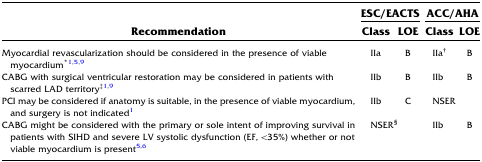
| <ROWSPAN=2> Recommendation | <COLSPAN=2> ESC/EACTS | <COLSPAN=2> ACC/AHA |
 | Class | LOE | Class | LOE |
 | --- | --- | --- | --- | --- |
 | Myocardial revascularization should be considered in the presence of viable myocardium*1,5,9 | IIa | B | IIa† | B |
 | CABG with surgical ventricular restoration may be considered in patients with scarred LAD territory‡1,9 | IIb | B | IIb | B |
 | PCI may be considered if anatomy is suitable, in the presence of viable myocardium, and surgery is not indicated1 | IIb | C | <COLSPAN=2> NSER |
 | CABG might be considered with the primary or sole intent of improving survival in patients with SIHD and severe LV systolic dysfunction (EF, <35%) whether or not viable myocardium is present5,6 | <COLSPAN=2> NSER§ | IIb | B |